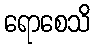
ရောစေသိ